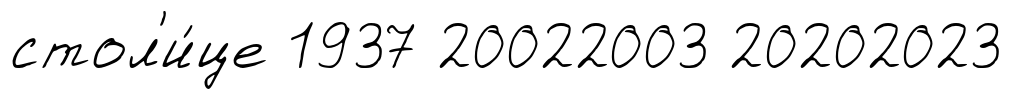
стол'и́це 1937 20022003 20202023